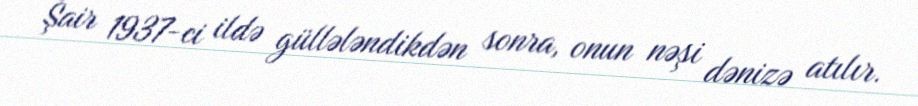
Şair 1937-ci ildə güllələndikdən sonra, onun nəşi dənizə atılır.